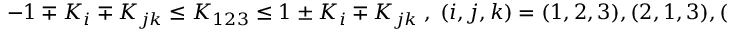
\begin{array} { r } { - 1 \mp K _ { i } \mp K _ { j k } \le K _ { 1 2 3 } \le 1 \pm K _ { i } \mp K _ { j k } \; , \; ( i , j , k ) = ( 1 , 2 , 3 ) , ( 2 , 1 , 3 ) , ( 3 , 1 , 2 ) \; , } \end{array}